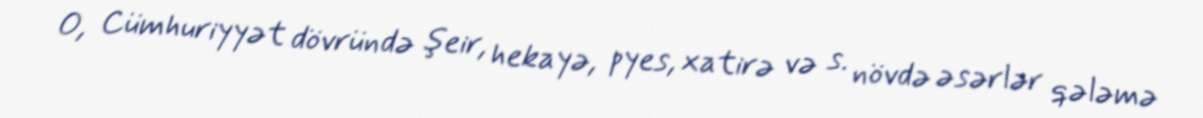
O, Cümhuriyyət dövründə şeir, hekayə, pyes, xatirə və s. növdə əsərlər qələmə